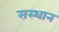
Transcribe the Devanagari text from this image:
सस्थान